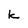
Character: k